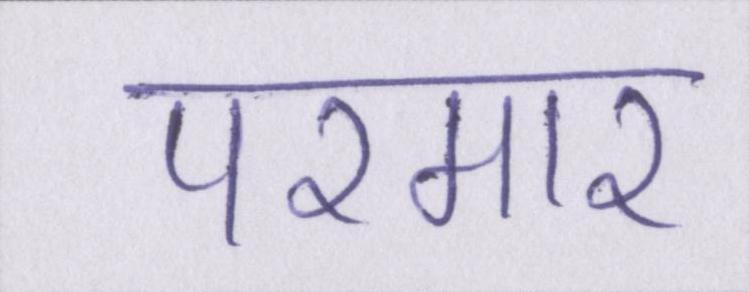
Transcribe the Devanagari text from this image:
परमार